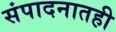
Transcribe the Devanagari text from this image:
संपादनातही